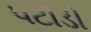
પટૌડી